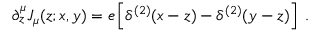
\partial _ { z } ^ { \mu } { \cal J } _ { \mu } ( z ; x , y ) = e \left[ \delta ^ { ( 2 ) } ( x - z ) - \delta ^ { ( 2 ) } ( y - z ) \right] \; .